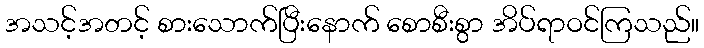
အသင့်အတင့် စားသောက်ပြီးနောက် စောစီးစွာ အိပ်ရာဝင်ကြသည်။